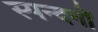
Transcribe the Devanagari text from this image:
स्पन्दनों